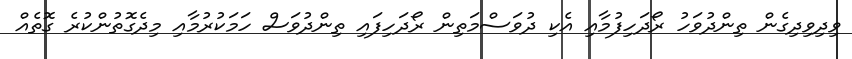
ވިދިވިދިގެން ތިންދުވަހު ރޯދަހިފުމާއި އެކި ދުވަސްމަތިން ރޯދަހިފައި ތިންދުވަސް ހަމަކުރުމާއި މިދެގޮތުންކުރެ ގޮތެއް